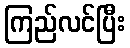
ကြည်လင်ပြီး